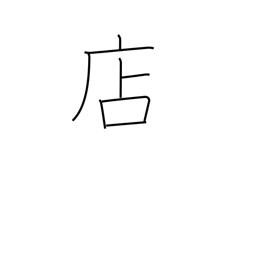
Meaning: shop